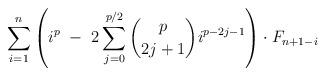
LaTeX: \begin{align*}\ \ \ \ \ \ \ \ \ \ \ \ \ \ \ \ \ \ \sum_{i=1}^{n} \left(i^{p} \ - \ 2\sum_{j=0}^{p/2} \binom{p}{2j+1} i^{p-2j-1} \right) \cdot F_{n+1-i}\end{align*}